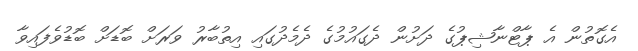
އެގޮތުން އެ ޕާޓްނާޝިޕުގެ ދަށުން ދެގައުމުގެ ދެމެދުގައި އިތުބާރު ވަރަށް ބޮޑަށް ބޮޑުވެފައިވާ